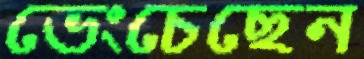
ভেংচেছেন